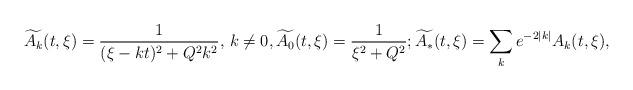
LaTeX: \begin{align*}\widetilde{A_k}(t,\xi)=\frac{1}{(\xi-kt)^2+Q^2k^2},\,k\neq 0,\widetilde{A_0}(t,\xi)=\frac{1}{\xi^2+Q^2};\widetilde{A_*}(t,\xi)=\sum_{k}e^{-2|k|}A_{k}(t,\xi),\end{align*}